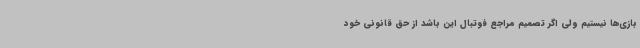
بازی‌ها نیستیم ولی اگر تصمیم مراجع فوتبال این باشد از حق قانونی خود